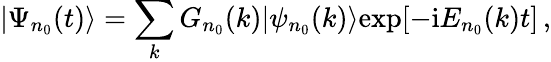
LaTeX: |\Psi_{n_{0}}(t)\rangle=\sum_{k}G_{n_{0}}(k)|\psi_{n_{0}}(k)\rangle\mathrm{exp}[-\mathrm{i}E_{n_{0}}(k)t]\, ,